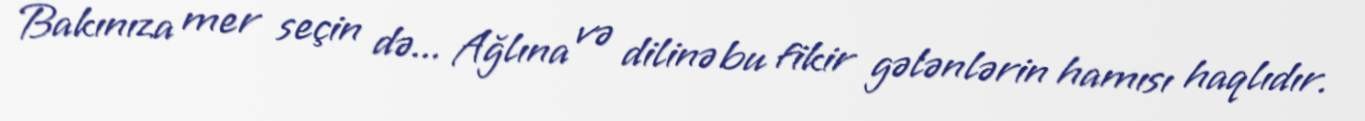
Bakınıza mer seçin də... Ağlına və dilinə bu fikir gələnlərin hamısı haqlıdır.